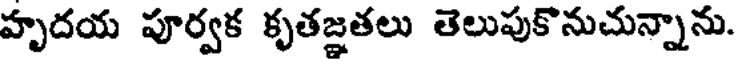
హృదయ పూర్వక కృతజ్ఞతలు తెలుపుకొనుచున్నాను.